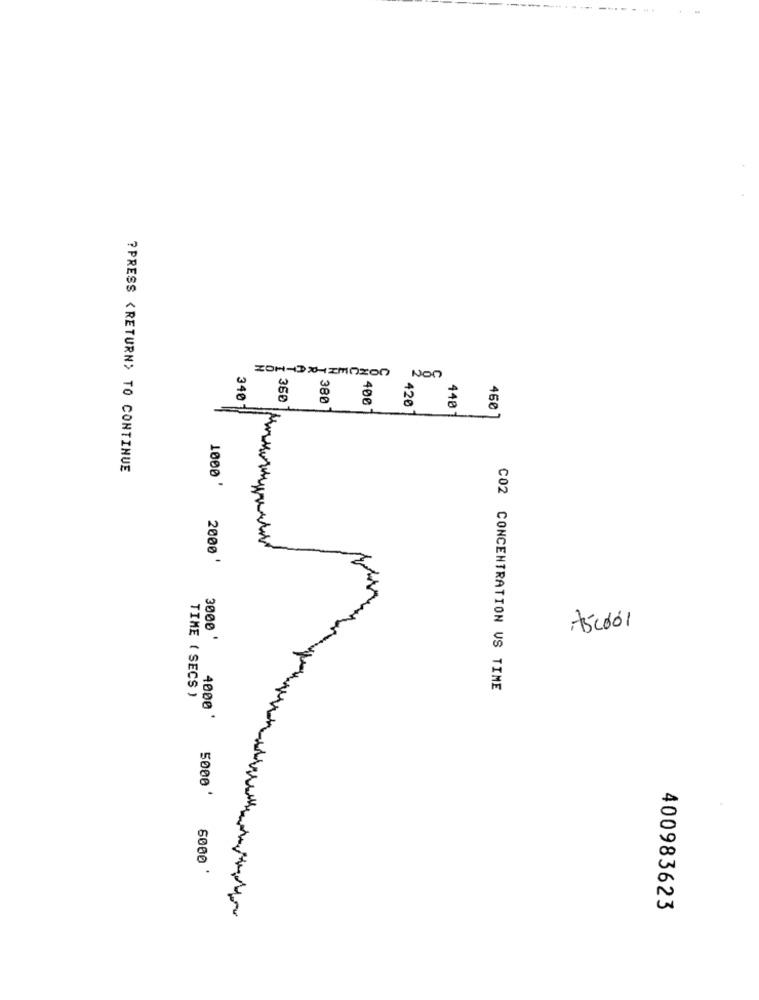
366
340
380
420
400
448
460
?PRESS <RETURN> TO CONTINUE
1000 '
2000 '
Ascoól
3000 '
C02 CONCENTRATION VS TIME
TIME ( SECS )
4000 '
5000 *
5000 '
400983623